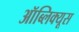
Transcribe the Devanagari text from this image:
ऑब्लिक्यूस